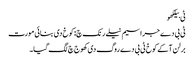
ٹی بیلکھو
ٹی بی دے جراسیم نیلے رنک چ: کوخ دی بنائی مورت
برلن آکے کوخ ٹی بی دے روگ دی کھوج چ لگ گیا۔